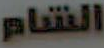
الشام